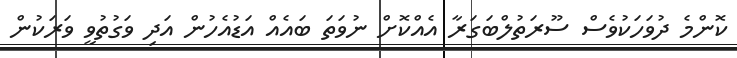
ކޮންމެ ދުވަހަކުވެސް ސޫރަތުލްބަގަރާ އެއްކޮށް ނުވަތަ ބައެއް އަޑުއެހުން އަދި ވަގުތުވީ ވަރަކުން